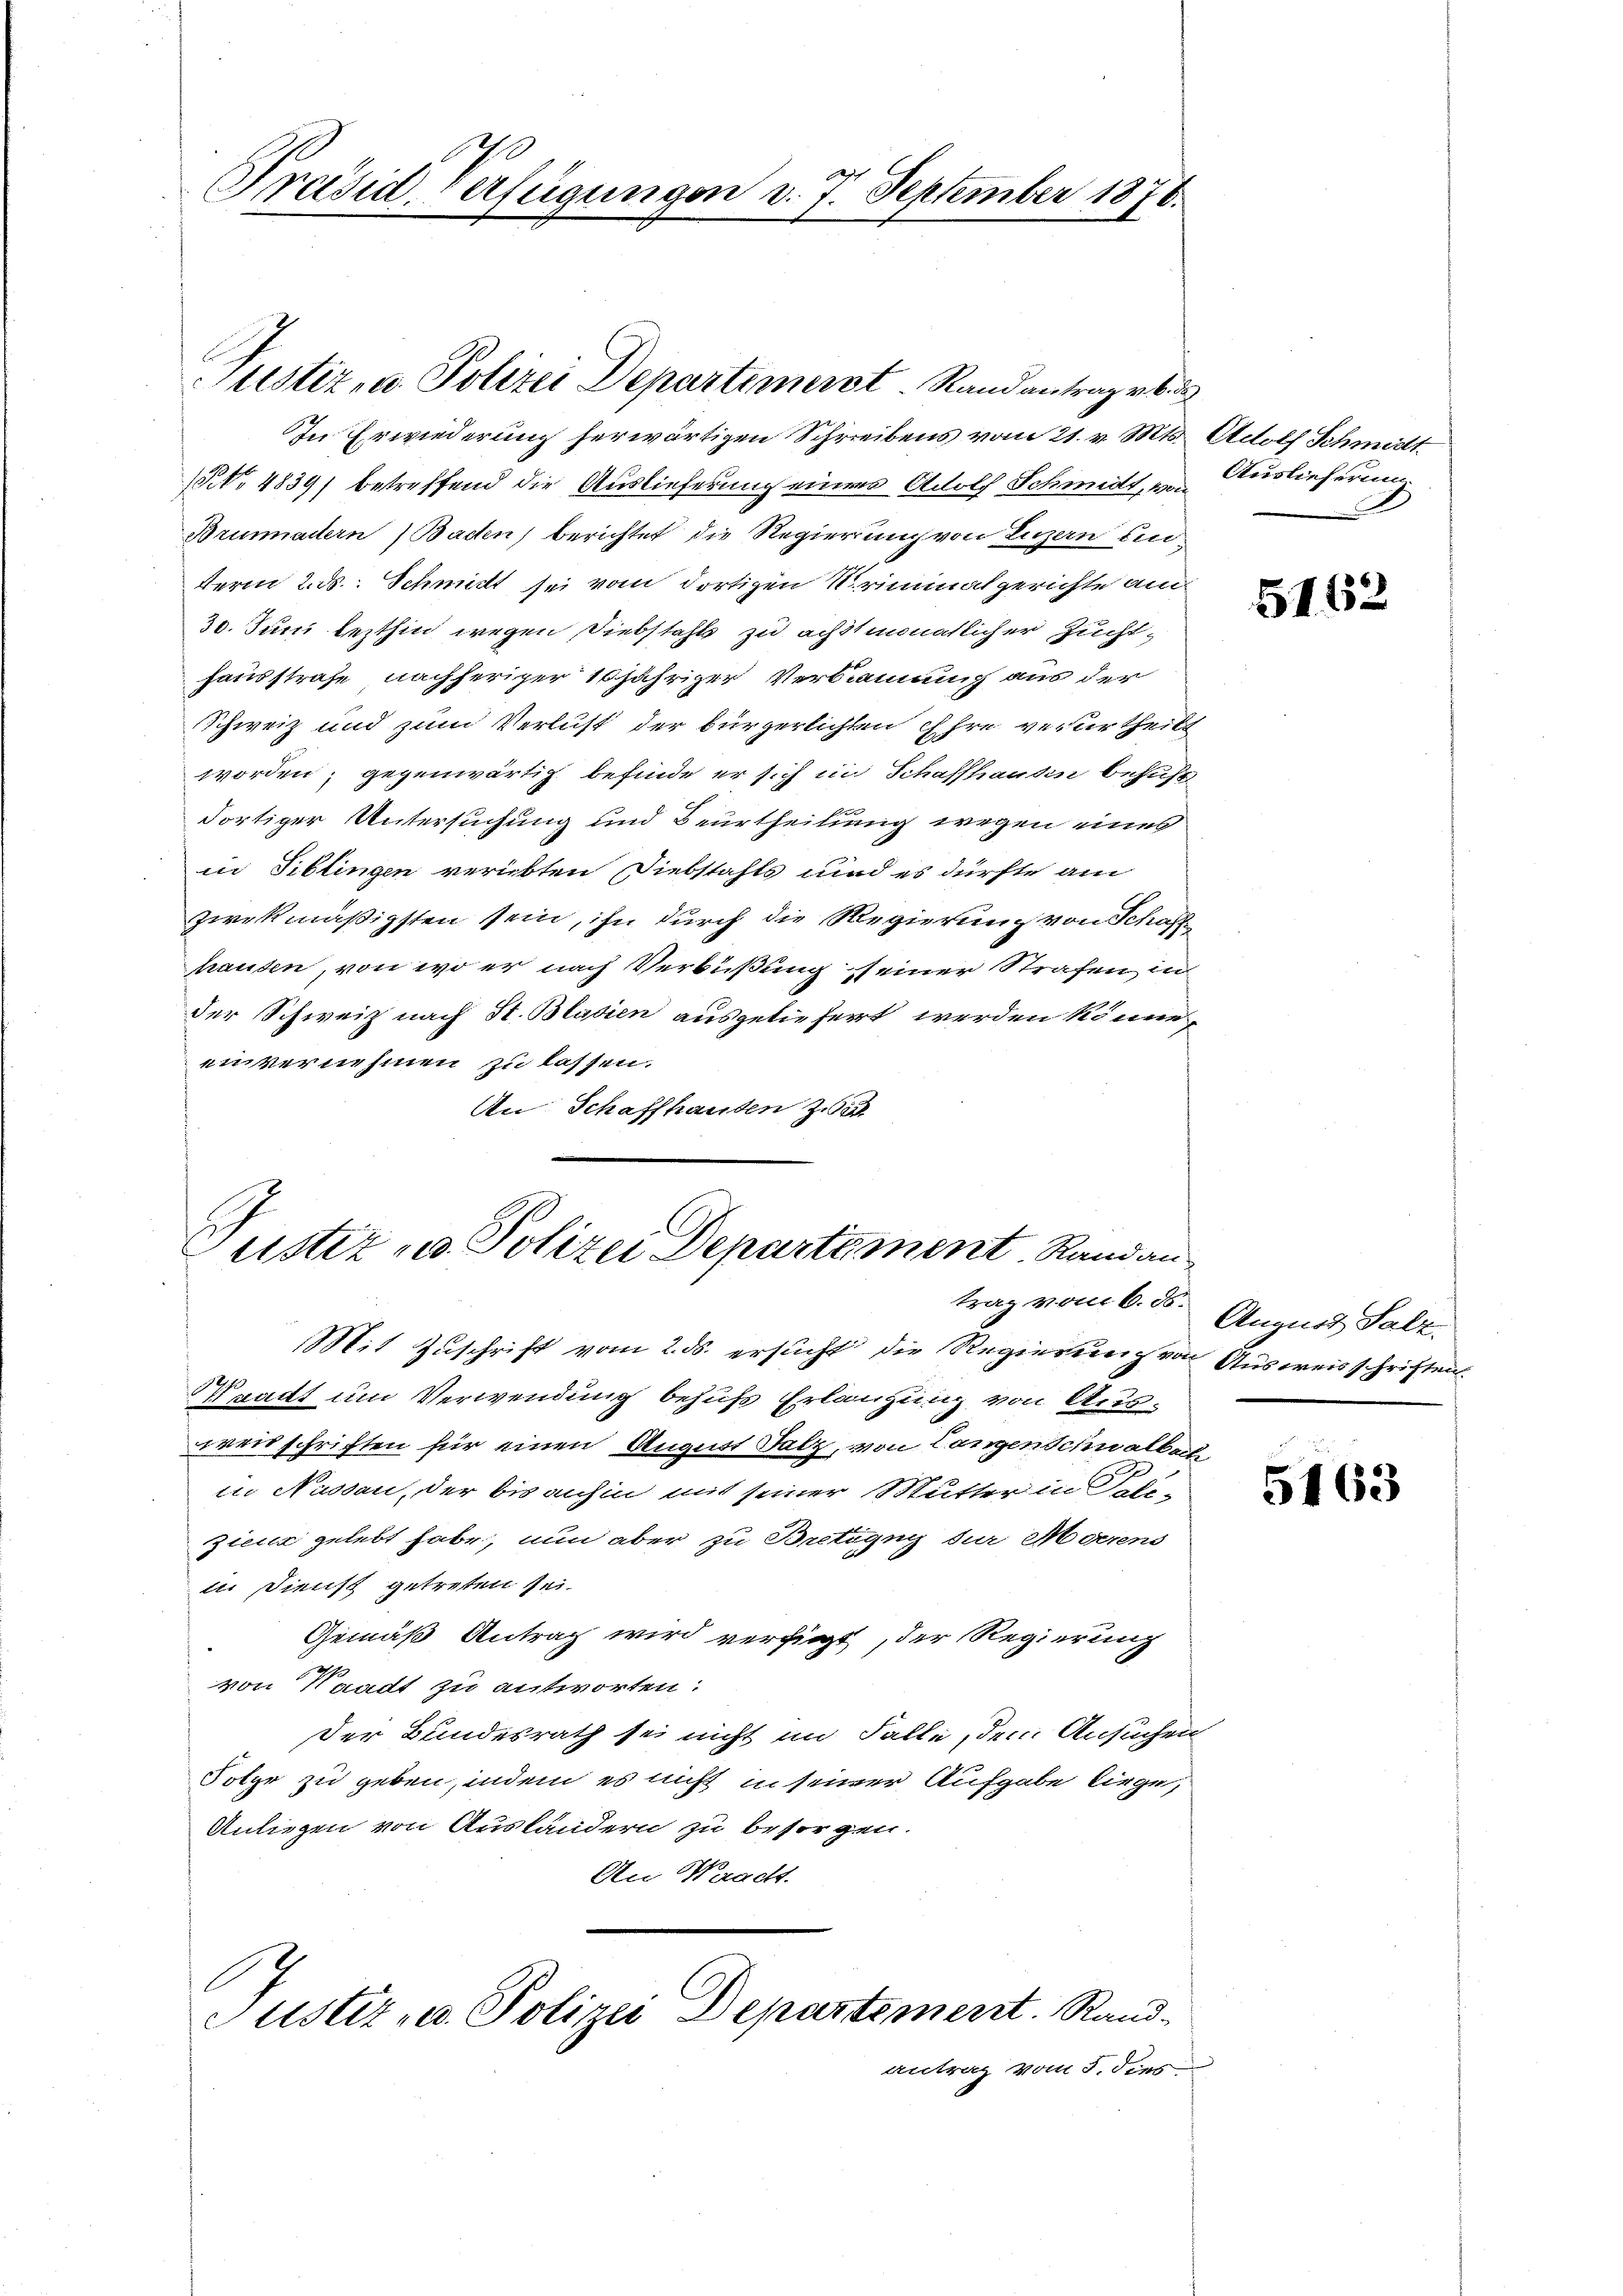
Präsid. Verfügungen d. 7. September 1878.
x

In Erwiederung herwärtigen Schreibens vom 21. v. Mts. Adolf Schmitt
(o 4839) betreffend die Auslieferung eines Adolf Schmitt, von Auslieferung
Brunadern Baden) berichtet die Regierung von Luzern unterm 2. ds. Schmitt sei vom dortigen Kriminalgerichte Am¬
30. Juni lezthin wegen Diebstahls zu achtmonatlicher Zuchthausstrafe nachheriger 10 jähriger Verbauung aus der
Schweiz und zum Verlust der bürgerlichten Ehre verurtheilt
worden, gegenwärtig befinde er sich in Schaffhausen behuf
dortiger Untersuchung und Beurtheilung wegen eines
in Tiblingen verübten Diebstahls und es dürfte am
zwekmäßigsten sein, ihn durch die Regierung von Schaffhausen, von wo er nach Verbüßung seiner Strafen in
der Schweiz nach St. Blasien ausgeliefert werden könne,
einvernehmen zu lassen.
An Schaffhausen z

Justiz, u. Polizei Departimerst Randantrag v. 6. ds

Justiz - Polizei Departement. Randan
Mit Zuschrift vom 2. ds. ersucht die Regierung von Ausweisschriften.

Waadt um Verwendung behufs Erlangung von Ausweisschriften für einen August Salz, von Langen Schwalbert
in Nussau, der bis anhin mit seiner Mutter in Be-
Zicur gelebt habe, nun aber zu Bretung der Meerens
in Dienst getreten sei.
Gemäß Antrag wird verfügt, der Regierung
von Waadt zu antworten:
Der Bundesrath sei nicht im Falle, den Ansuchen
Folge zu geben, indem es nicht in seiner Aufgabe liege,
Anliegen von Ausländern zu besorgen.
An Werach.
Justiz- u. Polizei Departement. Rand-
antrag vom 5. dies

5162

trag vom 6. ds. August Salz.

5463